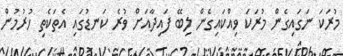
މުރަކަ ނަގައިގެން މުރަކަ ވިއްކައިގެން ލިބޭ ފައިދާއަށް ވުރެ ކަނޑުގައި އެތަކެތި ހުރުމުން